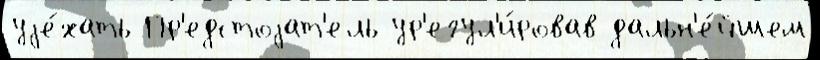
уjе́хать Пр'едстоjат'ель ур'егул'и́ровав дальн'е́йшем